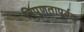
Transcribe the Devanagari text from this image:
निपुणतापूर्वक